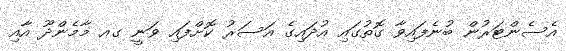
އެސެންޓަރުން ބުނެފައިވާ ގޮތުގައި އުދައިގެ އަސަރު ކޮށްފައި ވަނީ ގއ މާމެންދޫ އާއި